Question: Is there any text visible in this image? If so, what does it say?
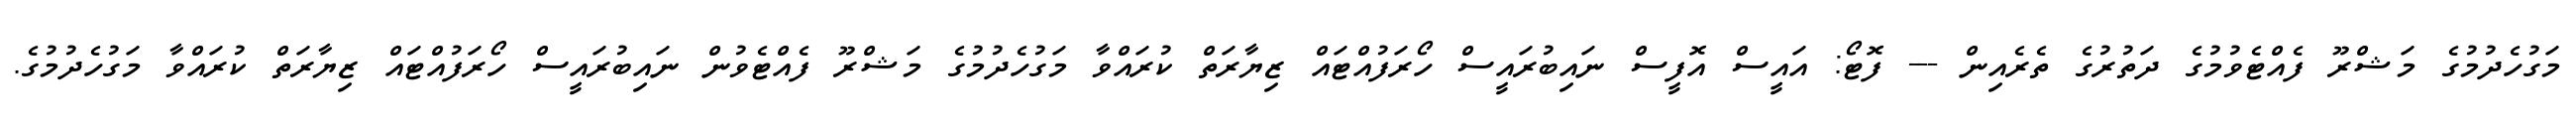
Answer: މަގުހެދުމުގެ މަޝްރޫ ފެއްޓެވުމުގެ ދަތުރުގެ ތެރެއިން --- ފޮޓޯ: އައީސް އޮފީސް ނައިބުރައީސް ހޯރަފުއްޓައް ޒިޔާރަތް ކުރައްވާ މަގުހެދުމުގެ މަޝްރޫ ފެއްޓެވުން ނައިބުރައީސް ހޯރަފުއްޓައް ޒިޔާރަތް ކުރައްވާ މަގުހެދުމުގެ.